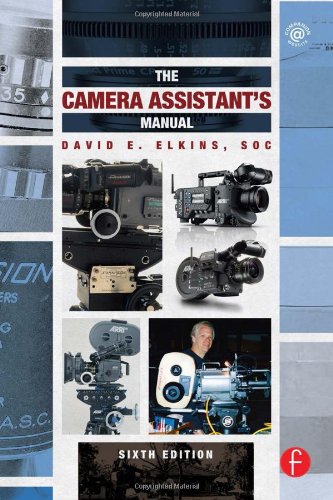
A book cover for The Camera Assistant's Manual; David E. Elkins  SOC; Humor & Entertainment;